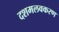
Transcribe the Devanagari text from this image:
दशमलवकरण